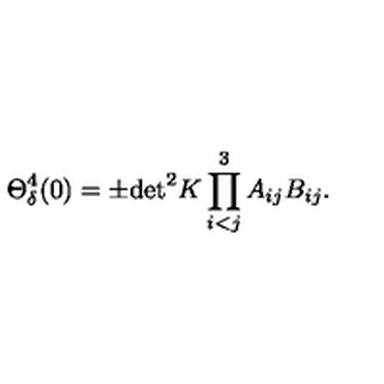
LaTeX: \Theta _ { \delta } ^ { 4 } ( 0 ) = \pm \mathrm { d e t } ^ { 2 } K \prod _ { i < j } ^ { 3 } A _ { i j } B _ { i j } .